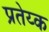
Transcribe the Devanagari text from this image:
प्रतेय्क